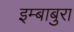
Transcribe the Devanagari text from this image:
इम्बाबुरा